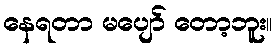
နေရတာ မပျော် တော့ဘူး။